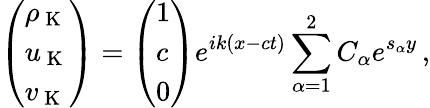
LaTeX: \left(\begin{array}{l}{\rho_{\mathrm{~K~}}}\\ {u_{\mathrm{~K~}}}\\ {v_{\mathrm{~K~}}}\end{array}\right)=\left(\begin{array}{l}{1}\\ {c}\\ {0}\end{array}\right)e^{ik(x-ct)}\sum_{\alpha=1}^{2}C_{\alpha}e^{s_{\alpha}y}\, ,